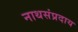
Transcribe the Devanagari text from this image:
नाथसंप्रदाय